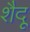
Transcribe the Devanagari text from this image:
शैदू